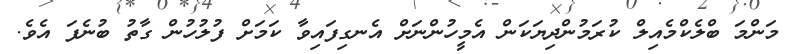
މަންމަ ބްލެކްމެއިލް ކުރަމުންދިޔަކަން އެމީހުންނަށް އެނގިފައިވާ ކަމަށް ފުލުހުން ގާތު ބުނެފަ އެވެ.